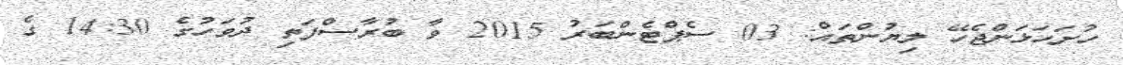
ހުށަހަޅަންޖެހޭ ލިޔުންތައް: 03 ސެޕްޓެންބަރު 2015 ވާ ބުރާސްފަތި ދުވަހުގެ 14:30 ގެ